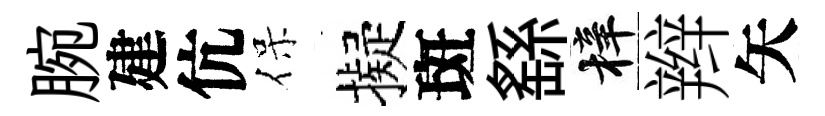
腕建伉保擬斑繇梓辫矢